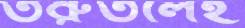
তরুতলেই